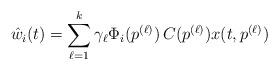
LaTeX: \begin{align*} \hat{w}_i(t) = \sum_{\ell=1}^k \gamma_{\ell} \Phi_i(p^{(\ell)}) \, C(p^{(\ell)}) x(t,p^{(\ell)}) \end{align*}